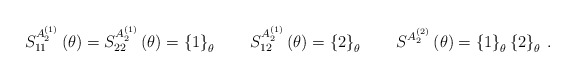
\begin{align*}S_{11}^{A_{2}^{(1)}}\left( \theta \right) =S_{22}^{A_{2}^{(1)}}\left( \theta\right) =\left\{ 1\right\} _{\theta }\qquad S_{12}^{A_{2}^{(1)}}\left(\theta \right) =\left\{ 2\right\} _{\theta }\qquad S^{A_{2}^{(2)}}\left(\theta \right) =\left\{ 1\right\} _{\theta }\left\{ 2\right\} _{\theta }\,.\end{align*}